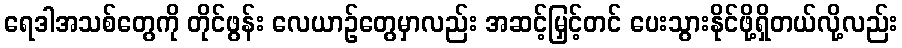
ရေဒါအသစ်တွေကို တိုင်ဖွန်း လေယာဉ်တွေမှာလည်း အဆင့်မြှင့်တင် ပေးသွားနိုင်ဖို့ရှိတယ်လို့လည်း